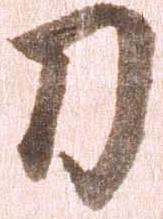
刀